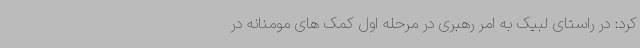
کرد: در راستای لبیک به امر رهبری در مرحله اول کمک های مومنانه در